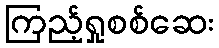
ကြည့်ရှုစစ်ဆေး